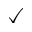
\boldsymbol { \checkmark }